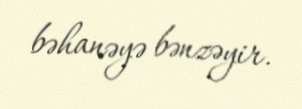
bəhanəyə bənzəyir.